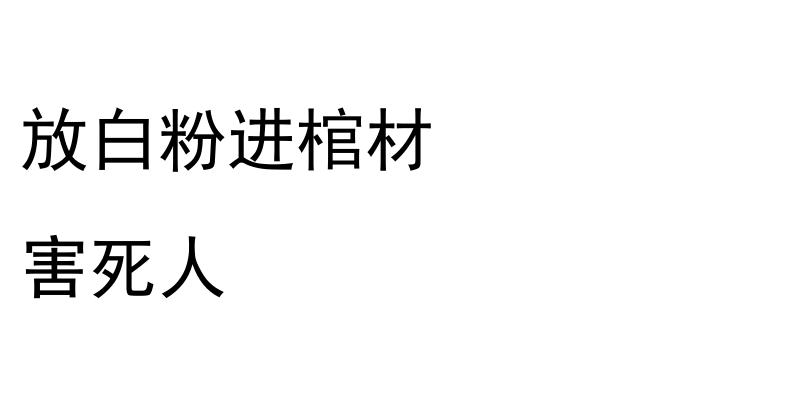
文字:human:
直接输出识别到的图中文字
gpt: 放白粉进棺材 害死人